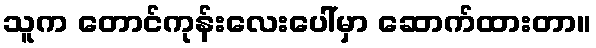
သူက တောင်ကုန်းလေးပေါ်မှာ ဆောက်ထားတာ။